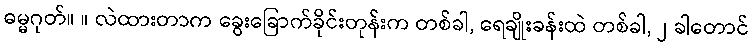
ဓမ္မဂုတ်။ ။ လဲထားတာက ခွေးခြောက်ခိုင်းတုန်းက တစ်ခါ, ရေချိုးခန်းထဲ တစ်ခါ, ၂ ခါတောင်